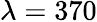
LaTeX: \lambda=370